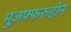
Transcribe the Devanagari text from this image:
मुज़फ्फरुद्दीन